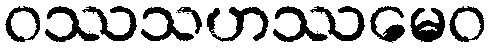
ဝဿသဟဿမေဝ